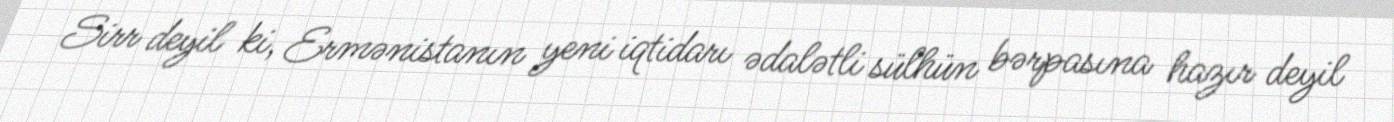
Sirr deyil ki, Ermənistanın yeni iqtidarı ədalətli sülhün bərpasına hazır deyil